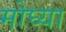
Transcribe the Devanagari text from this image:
मोघ्या